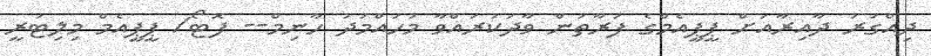
ދިއްގަރު ދާއިރާއަށް ޕީޕީއެމްގެ ފަރާތުން ވާދަކުރައްވާ މުހައްމަދު ހާނިމް-- ފޮޓޯ/ ޕީޕީއެމް މިލިޓަރީ